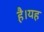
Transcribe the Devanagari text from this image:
हैै।यह